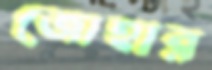
জোহার